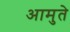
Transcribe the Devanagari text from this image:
आमुते